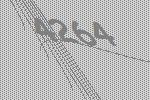
4264